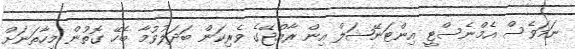
ނަމަވެސް އެމްނެސްޓީ އިންޓަނޭޝަލް އިން ރާއްޖޭގެ ވެރިކަން ބަދަލުވުމާ ބެހޭ ގޮތުން މިހާތަނަށް